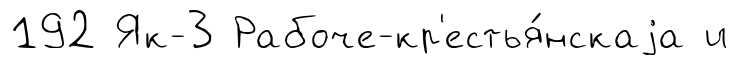
192 Як-3 Рабоче-кр'естья́нскаjа и